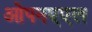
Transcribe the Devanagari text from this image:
ओपनएएल